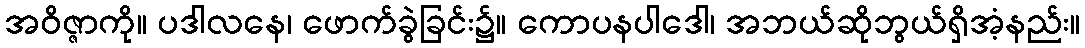
အဝိဇ္ဇာကို။ ပဒါလနေ၊ ဖောက်ခွဲခြင်း၌။ ကောပနပါဒေါ၊ အဘယ်ဆိုဘွယ်ရှိအံ့နည်း။